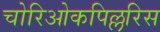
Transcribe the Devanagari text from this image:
चोरिओकपिल्लरिस